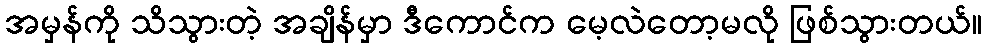
အမှန်ကို သိသွားတဲ့ အချိန်မှာ ဒီကောင်က မေ့လဲတော့မလို ဖြစ်သွားတယ်။